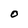
Character: O